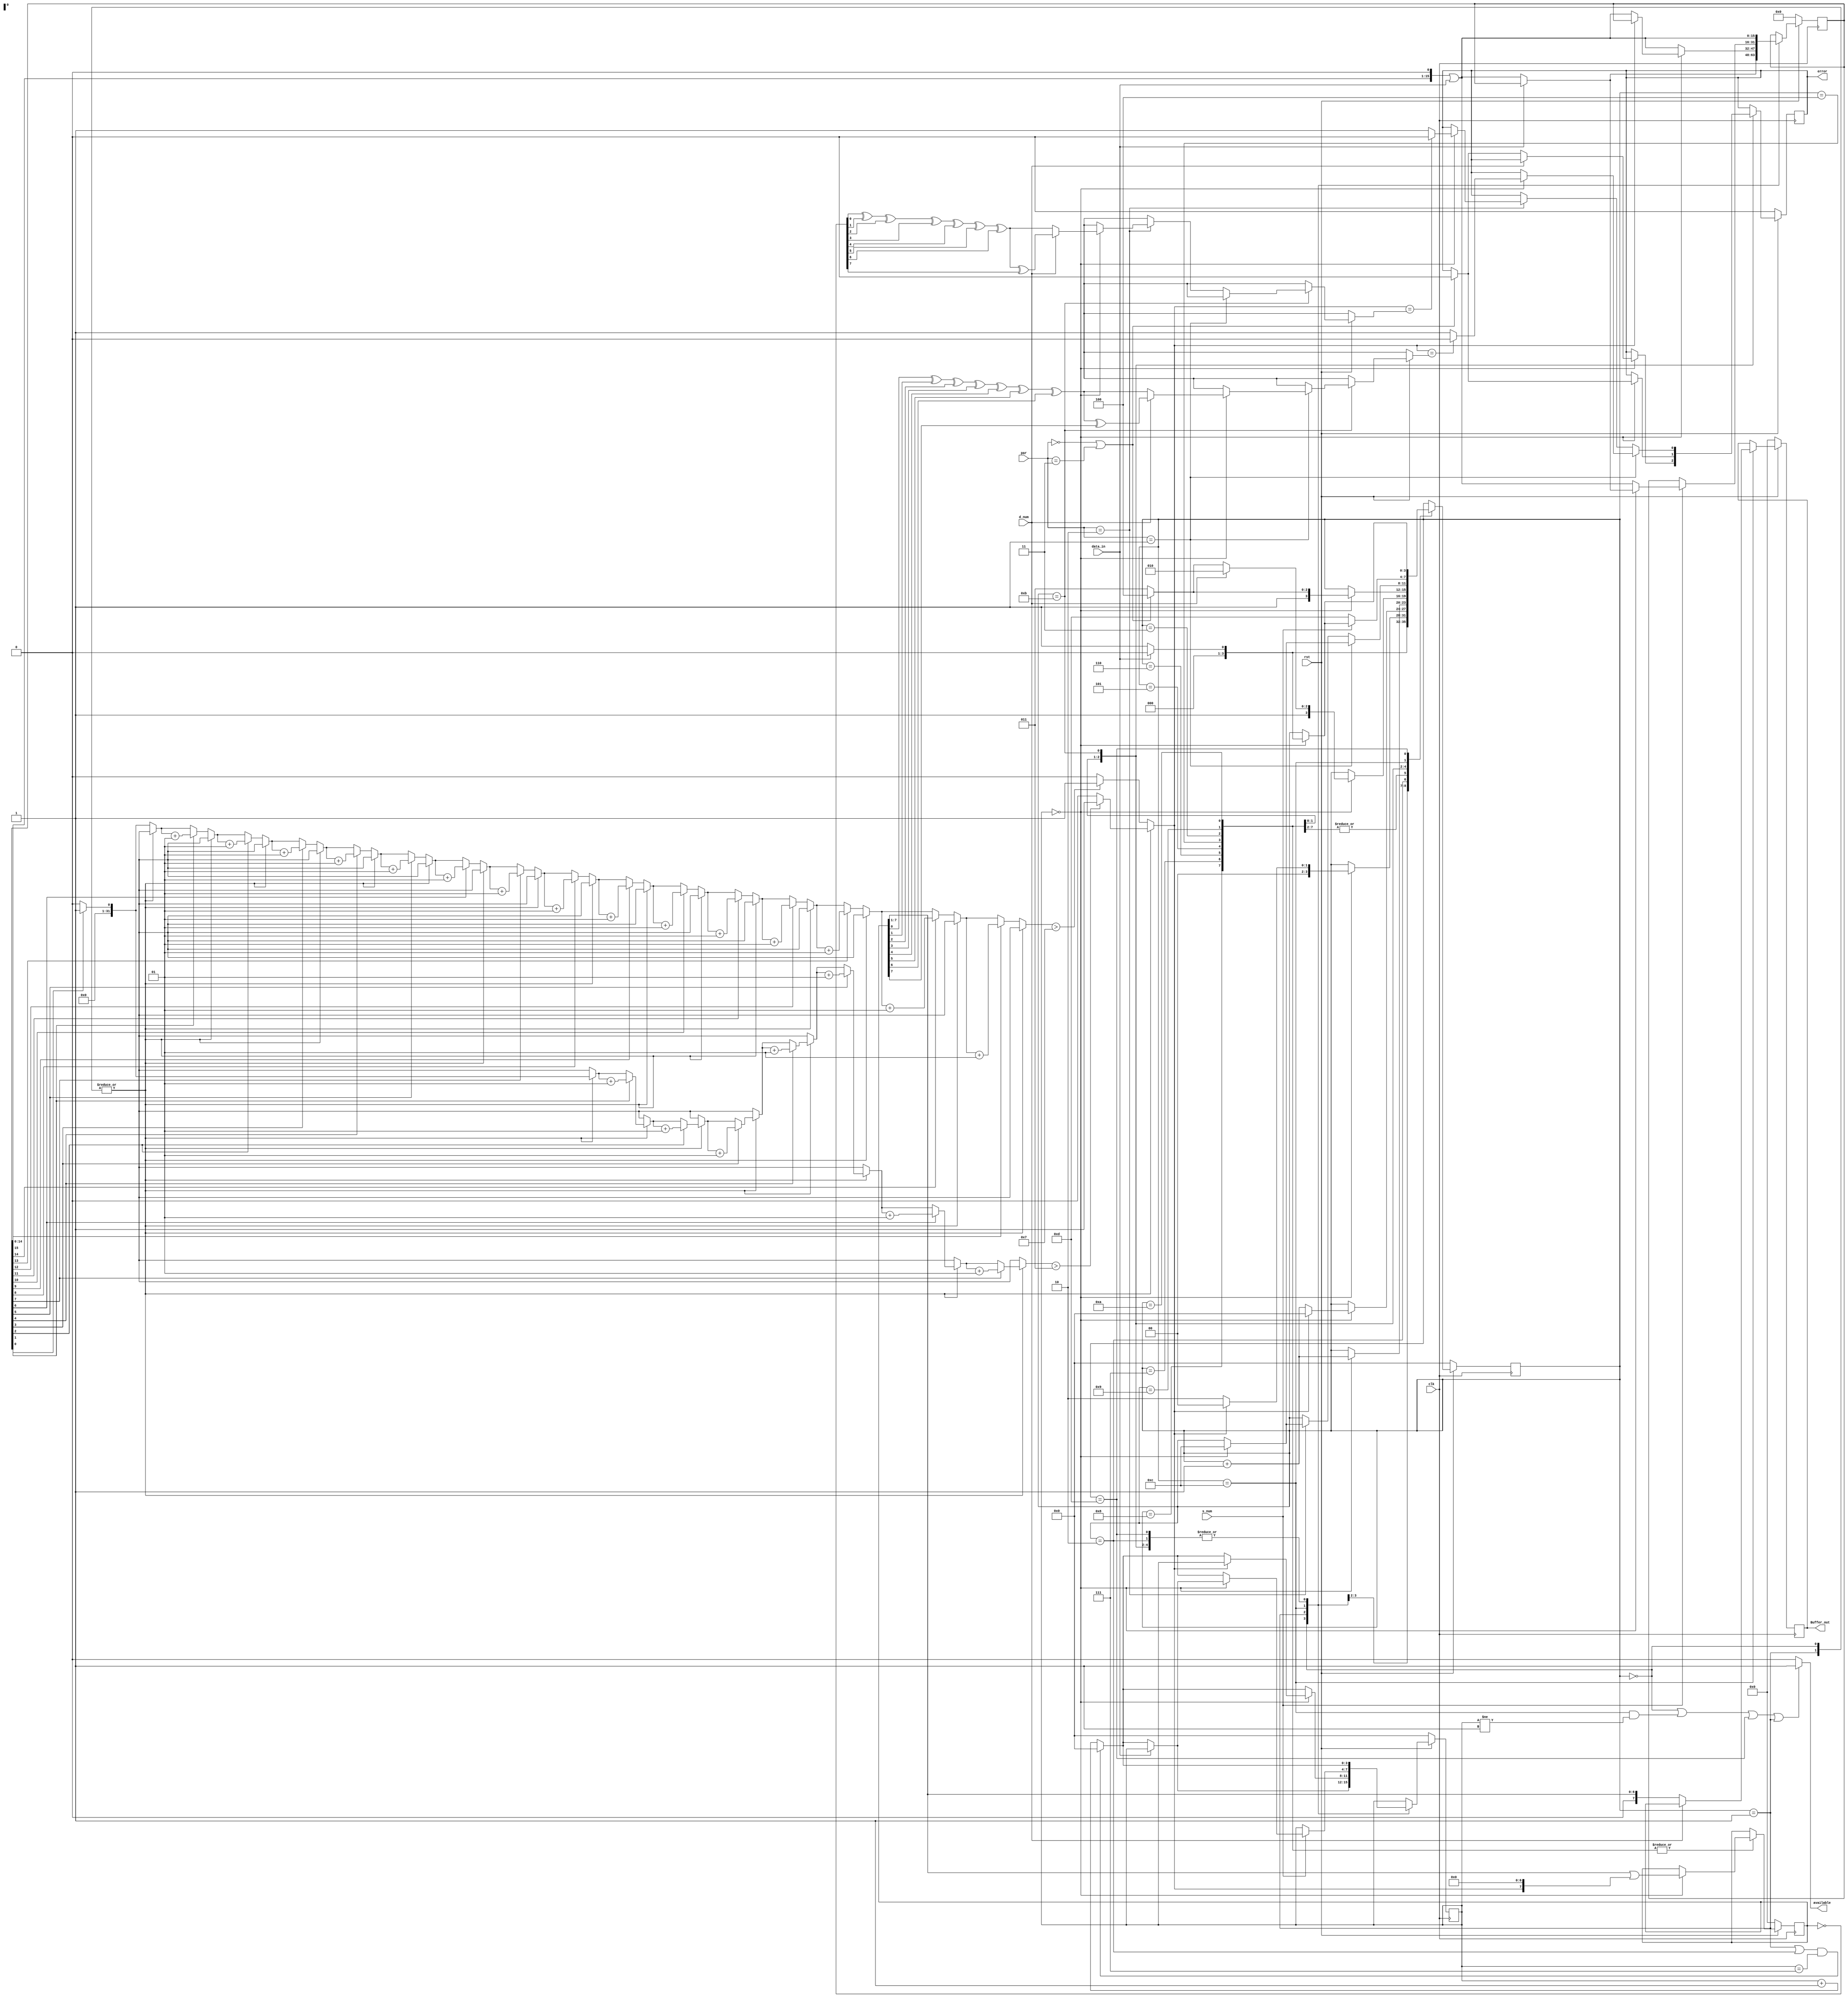
module UART_RX(clk,rst,data_in,d_num,s_num,par,available,Buffer_out,error);
      /**********INPUTS**********/
  input clk;   //Rx clk faster than tx clk 16 time
  input rst;
  //low for reset the system 
  input data_in;   //input serial data
  input d_num; 
  //High for 8 bits of data.
  //Low for 7 bits of data.
  input s_num;
  //High for 1 stop-bit.
  //Low for 2 stop-bits.
  input [1:0] par;
  //00BIN  for no parity used. 
  //01BIN  for odd parity used.
  //10BIN  for even parity used outputs.
  //11BIN  for no parity used. 
        /**********OUTPUTS**********/
  output available;
  //Low while buffering data
  //High ready to catch data from Rx
  output reg [7:0]Buffer_out;
  output reg error;
  //High...parity error detected
  //Low...no parity error detected
  //Don't care...no parity
      /**********REGISTERS**********/
  reg [3:0]  state;
  reg [3:0]  samp_count; //over sampling counter
  reg [15:0] samp_buffer; //over sampling buffer which contain the 8/16 readings 
  reg [7:0]  data_out;
      /**********WIRES**********/
  //wire maj8;  //major of sampling buffer first 8bits indicator
  wire MajorOUT; //major of sampling buffer indicator
     /**********STATE PARAMETERS**********/
     parameter idle   = 4'd0;
     parameter check  = 4'd1;
     parameter start  = 4'd2;
  // state 3=>10 Data
     parameter parity = 4'd11;
     parameter stop1  = 4'd12;
     parameter stop2  = 4'd13;
  /************************************/
  
  //assign maj8  = major8(samp_buffer);
  assign MajorOUT = major(samp_buffer,state);
  /***********COMPININTIALS ASSIGN**************/
 // assign Buffer_out = d_num ? data_out : {1'b0 , data_out[7:1]};
  assign available = (state == idle || (state == stop1 && samp_count != 1'd1) || state == stop2 || state == check)? 1'b1 : 1'b0 ;
//  assign Buffer_out = (available)? data_out : 8'd0;
  /************************************/
  
  always@(posedge clk)
  begin
       if (~rst)
     begin //reset = 0 
        state     <= idle;
        data_out   <= 8'd0;
        samp_count  <=  4'd0;
        samp_buffer  <= 16'd0;
        Buffer_out    <= 8'd0;
        error          <=  1'd0;
     end //reset = 0 
     else 
       begin //reset = 1
       case(state)
       idle : begin
                if(data_in) begin
                  state <= idle;  
                end else begin 
                     Sample;
                     state <= check;
                end //else
              end //idle
      check : begin 
                 
               if(samp_count == 4'd0) begin//sample finish
                 if (MajorOUT) begin
                  state <= idle;
                  end else begin
                  Sample;//anyway
                  state <= start;
                 end
               end else begin //sample finish
                 Sample;//anyway
             end
                 
            end //check
      start : begin 
        
         Sample;//anyway
               if(samp_count == 4'd0) begin//sample finish
                 if (MajorOUT)
                  state <= idle;
                else
                  state <= state + 1; //data state range
               end //sample finish
                 
            end //start      
        //Data sampling start
        4'd3 , 4'd4 ,4'd5 , 4'd6 ,4'd7 , 4'd8 : begin //data state range
          Sample;
           if(samp_count == 4'd0) begin
                 state <= state + 1;
                 DataOutShift; //check out again where data in became 9bits insh'allah
            end
          end//Data sampling
          //the 7th data bit 
       4'd9 : begin 
                  Sample; 
                   if(samp_count == 4'd0)
                   begin
                      DataOutShift; //check out again where data in became 9bits insh'allah
                     if(d_num)
                       begin
                         state     <= 4'd10;
                  //       available <= 1'b1;
                       end else  
                        begin
                          if(par == 2'b00 || par == 2'b11 )
                             begin  //no parity bit
                               state <= stop1;
                               error <= 1'b0; //but there's no error check
                               
                             end
                          else
                              begin
                               state <= parity;
                              end //par
                        end //else(d_num = 0)
                    end //sampling finished
             end //7th data bit state
       4'd10  : begin
                  Sample; 
                   if(samp_count == 4'd0)
                   begin
                      DataOutShift; //check out again where data in became 9bits insh'allah
                        if(par == 2'b00 || par == 2'b11 )
                             begin  //no parity bit
                               state <= stop1;
                               error <= 1'b0; //but there's no error check
                              
                             end
                          else
                              begin
                               state <= parity;
                              end //par
                   end //sampling data
                 end //8th data bit state
                       
       parity :  begin
                  Sample;
                  if (par == 2'b01)
                  begin   
                     if(samp_count == 4'd0) begin
                        if(MajorOUT == parityCheck(data_out,d_num))
                          begin
                            error      <= 1'b0;
                            state      <= stop1;
                          end
                        else
                          begin 
                            error <= 1'b1;
                            state <= stop1;
                          end
                 end //sampling finished
                      end //else(odd parity)    
               else if (par==2'b10)
                      begin    
                   if(samp_count == 4'd0) begin
                        if(MajorOUT == parityCheck(~data_out,d_num))
                          begin
                            error <= 1'b0;
                            state <= stop1;
                          end
                        else
                          begin 
                            error <= 1'b1;
                            state <= stop1;
                          end
                 end //sampling finished
                      end //else(even parity)   
                    end //parity state
                        
        stop1: begin 
               Buffer_out <= d_num ? data_out : {1'b0 , data_out[7:1]};        
               if(s_num) //one stop bit
                begin
                  if(samp_count == 4'd0)
                    begin
                      
                      if(data_in)
                        begin
                          state <= idle;
                        end // data_in = 1
                      else begin
                        Sample;
                        state <= check;
                      end //else(data_in = 0)
                    end //sampling done
                  else begin
                    Sample;
                  end //counting to sample
                end //(one stop bit)
              else //two stop bits
                begin
                  state <= stop2;
                end //else(two stop bits)
              end //stop1 state
        stop2 : begin
                 Sample;
                  if(samp_count == 4'd0)
                    begin
                      if(data_in)
                        begin
                          state <= idle;
                        end // data_in = 1
                      else begin
                        Sample;
                        state <= check;
                      end //else(data_in = 0)
                    end //sampling done
                    else begin
                    Sample;
                  end //counting to sample
                end //stop2 state
         endcase
       end//reset = 1
  end
  
  task DataOutShift;
   // begin data_out <= ( data_out << 1  ) | {7'd0,MajorOUT} ; end
   begin data_out <= ( data_out >> 1  ) | {MajorOUT,7'd0} ; end 
endtask
  
  task Sample;
    begin
      //over sampling counting 
      if ((state == check || state == start) && (samp_count == 4'd7))
        samp_count <= 4'd0;
      else
        samp_count <= samp_count + 1;
      //LA fine
      
      //samp_buffer shift with data_in registing
        samp_buffer <= (samp_buffer << 1) | {15'd0,data_in} ;
    end
  endtask
  
  
function parityCheck ;
      
   input [7:0] a;
   input data_num;
   
   begin //function  
   if (data_num)
   begin  //8bit data
   parityCheck = a[0] ^ a[1] ^ a[2] ^ a[3] ^ a[4] ^ a[5] ^ a[6] ^ a[7]; 
   // parity = 1 when NO.ones is odd
   end //8bit data
   else
   begin //7bit data
   parityCheck = a[0] ^ a[1] ^ a[2] ^ a[3] ^ a[4] ^ a[5] ^ a[6];
   end //7bit data
   end //function
   endfunction 
   

function  major;
input [15:0]a;
input [3:0]stat;
integer count,i;
begin
count = 0 ; i = 0;

  case(stat) 
 4'd0 , 4'd1 : begin
     for (i=0; i<8; i=i+1)
        begin
          if (a[i]) begin count = count + 1;end
        end

  major = count > 3 ? 1 : 0;
end
default: begin
  
     for (i=0; i<16; i=i+1)
        begin
          if (a[i]) begin count = count + 1;end
        end

major = count > 7 ? 1 : 0;
 end
endcase

end
endfunction
   
  
   
endmodule